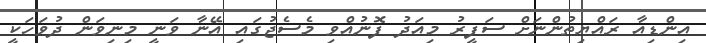
އިންޑިއާ ރައްޔިތުންނަށް ސަފީރު މިއަދު ފޮނުއްވި މެސެޖުގައި އޭނާ ވަނީ މިނިވަން ދުވަހަކީ